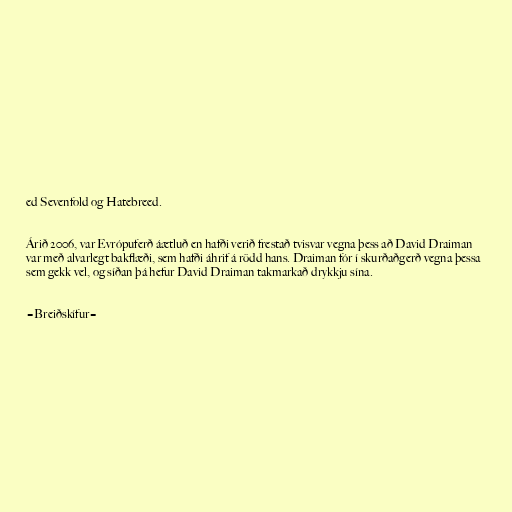
ed Sevenfold og Hatebreed.

Árið 2006, var Evrópuferð áætluð en hafði verið frestað tvisvar vegna þess að David Draiman
var með alvarlegt bakflæði, sem hafði áhrif á rödd hans. Draiman fór í skurðaðgerð vegna þessa
sem gekk vel, og síðan þá hefur David Draiman takmarkað drykkju sína.

=Breiðskífur=